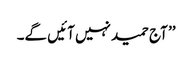
’’ آج حمید نہیں آئیں گے۔